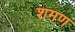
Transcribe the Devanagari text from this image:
शमण